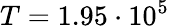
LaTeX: T=1.95\cdot 10^{5}